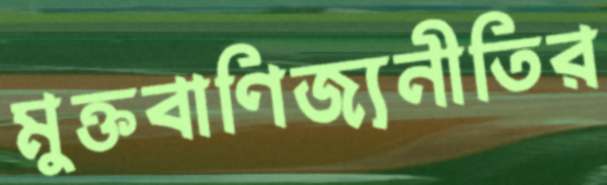
মুক্তবাণিজ্যনীতির